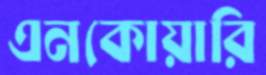
এনকোয়ারি